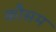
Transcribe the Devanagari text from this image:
कौसम